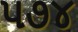
૫૭૪